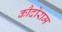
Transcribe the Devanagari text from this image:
कौदोराम